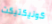
كونيكتيكت